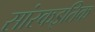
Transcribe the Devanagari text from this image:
सांस्कइतिक